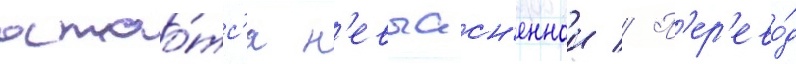
остао́тс'я н'евыасн'еннои // П'ер'ево́д